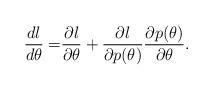
LaTeX: \begin{align*} \dfrac{d l}{d \theta} =& \dfrac{\partial l}{\partial \theta} + \dfrac{\partial l}{\partial p(\theta)} \dfrac{\partial p(\theta)}{\partial \theta}. \end{align*}